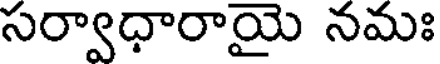
సర్వాధారాయై నమః